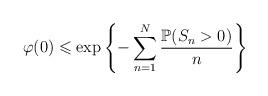
LaTeX: \begin{align*}\varphi(0)\leqslant \exp\left\{-\sum_{n=1}^{N}\frac{\mathbb{P}(S_n>0)}{n}\right\}\end{align*}